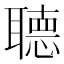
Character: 𦗟